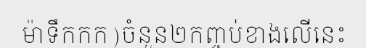
ម៉ាទឹកកក)ចំនួន២កញ្ចប់ខាងលើនេះ